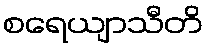
စရေယျာသီတိ